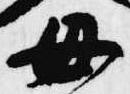
母